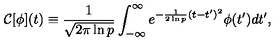
{ \cal C } [ \phi ] ( t ) \equiv { \frac { 1 } { \sqrt { 2 \pi \ln p } } } \int _ { - \infty } ^ { \infty } { e ^ { - { \frac { 1 } { 2 \ln p } } ( t - t ^ { \prime } ) ^ { 2 } } \phi ( t ^ { \prime } ) d t ^ { \prime } } ,